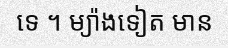
ទេ ។ ម្យ៉ាងទៀត មាន